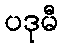
ပဒုမီ